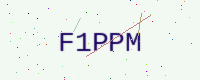
Text: F1PPM